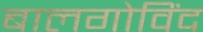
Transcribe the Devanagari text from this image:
बालगोविंद